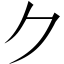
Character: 𠂊